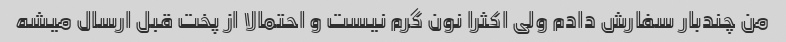
من چندبار سفارش دادم ولی اکثرا نون گرم نیست و احتمالا از پخت قبل ارسال میشه